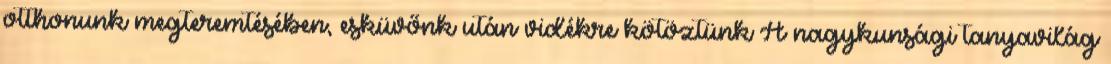
otthonunk megteremtésében, esküvőnk után vidékre kötöztünk A nagykunsági tanyavilág